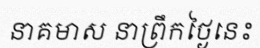
នាគមាស នាព្រឹកថ្ងៃនេះ